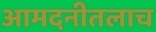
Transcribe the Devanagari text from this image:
आमदनीतलाच